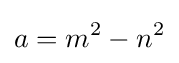
a=m^{2}-n^{2}